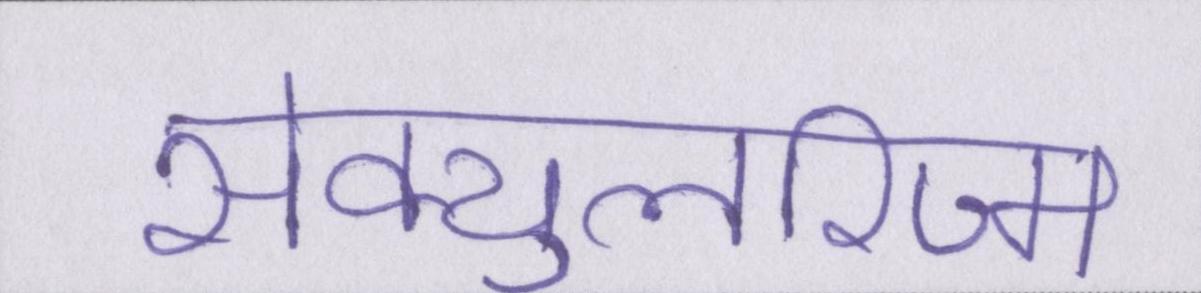
सेक्युलरिज्म